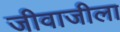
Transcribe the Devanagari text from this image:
जीवाजीला